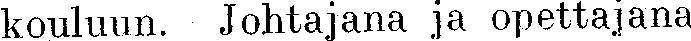
kouluun. Johtajana ja opettajana